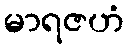
မာရဇဟံ